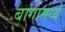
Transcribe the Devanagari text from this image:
बागामध्ये